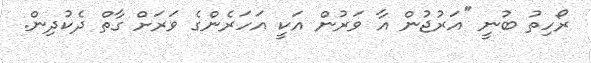
ރޯހިތު ބުނީ ''އަރުޖުން އާ ވަރުން އަކީ އަހަރެންގެ ވަރަށް ގާތް ދެކުދިން.